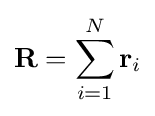
\mathbf {R} =\sum _{i=1}^{N}\mathbf {r} _{i}